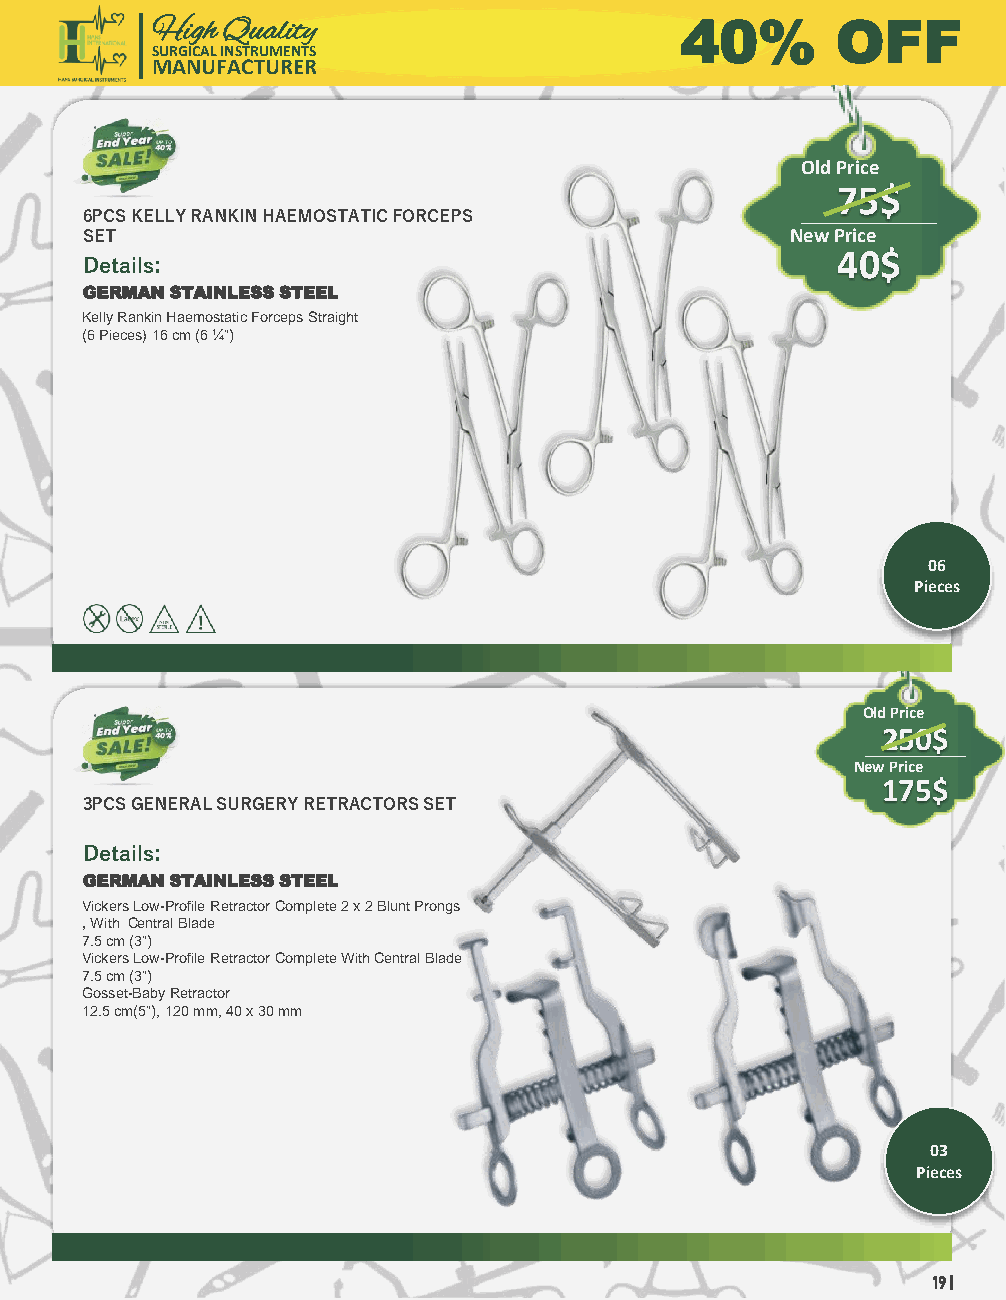
High Quality                       40%       OFF
 SURGICAL INSTRUMENTS
 MANUFACTURER
 Old Price
 75$
 6PCS KELLY RANKIN HAEMOSTATIC FORCEPS
 SET                                            New Price
 Details:                                          40$
 GERMAN STAINLESS STEEL
 Kelly Rankin Haemostatic Forceps Straight
 (6 Pieces)16 cm (6 ¼”)
 06
 Pieces
 Old Price
 250$
 New Price
 175$
 3PCS GENERAL SURGERY RETRACTORS SET
 Details:
 GERMAN STAINLESS STEEL
 Vickers Low-Profile Retractor Complete 2 x 2 Blunt Prongs
 , With Central Blade
 7.5 cm (3”)
 Vickers Low-Profile Retractor Complete With Central Blade
 7.5 cm (3”)
 Gosset-Baby Retractor
 12.5 cm(5”), 120 mm, 40 x 30 mm
 03
 Pieces
 19 |